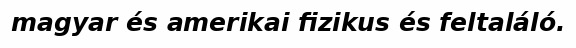
magyar és amerikai fizikus és feltaláló.